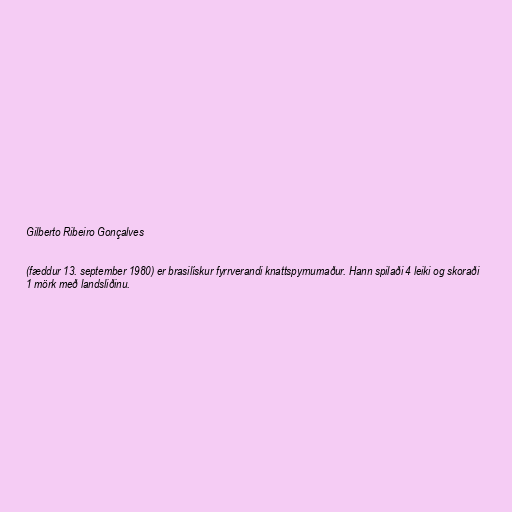
Gilberto Ribeiro Gonçalves

(fæddur 13. september 1980) er brasilískur fyrrverandi knattspyrnumaður. Hann spilaði 4 leiki og skoraði
1 mörk með landsliðinu.